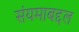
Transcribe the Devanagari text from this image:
संयमाबद्दल